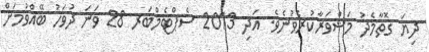
ދިޔަ ގޮތާމެދު މަޝްވަރާކުރެވުނެވެ. އަދި 2013 ސެޕްޓެމްބަރ 28 ވަނަ ދުވަހު ބޭއްވުމަށް